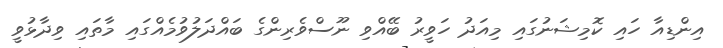
އިންޑިއާ ހައި ކޮމިޝަނުގައި މިއަދު ހަވީރު ބޭއްވި ނޫސްވެރިންގެ ބައްދަލުވުމެއްގައި މާތައި ވިދާޅުވީ